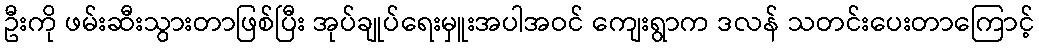
ဦးကို ဖမ်းဆီးသွားတာဖြစ်ပြီး အုပ်ချုပ်ရေးမှူးအပါအဝင် ကျေးရွာက ဒလန် သတင်းပေးတာကြောင့်